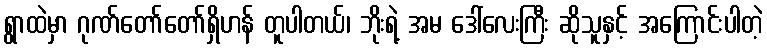
ရွာထဲမှာ ဂုဏ်တော်တော်ရှိဟန် တူပါတယ်၊ ဘိုးရဲ့ အမ ဒေါ်လေးကြီး ဆိုသူနှင့် အကြောင်းပါတဲ့